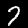
Label: 7